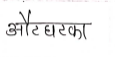
मजकूर: ओटघटका